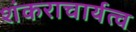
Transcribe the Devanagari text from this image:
शंकराचार्यत्व